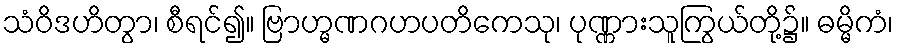
သံဝိဒဟိတွာ၊ စီရင်၍။ ဗြာဟ္မဏဂဟပတိကေသု၊ ပုဏ္ဏားသူကြွယ်တို့၌။ ဓမ္မိကံ၊